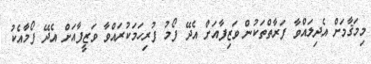
މިމަޤާމަށް އެދިލައްވާ ފަރާތްތަކުން ވަޒިފާއަށް އެދޭ ފޯމު ފުރިހަމަކުރައްވާ ވަޒީފާއަށް އެދޭ ފޯމާއެކު